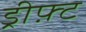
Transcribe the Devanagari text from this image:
ड्रीफ़्ट